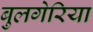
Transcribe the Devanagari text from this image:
बुलगेरिया